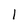
Character: l